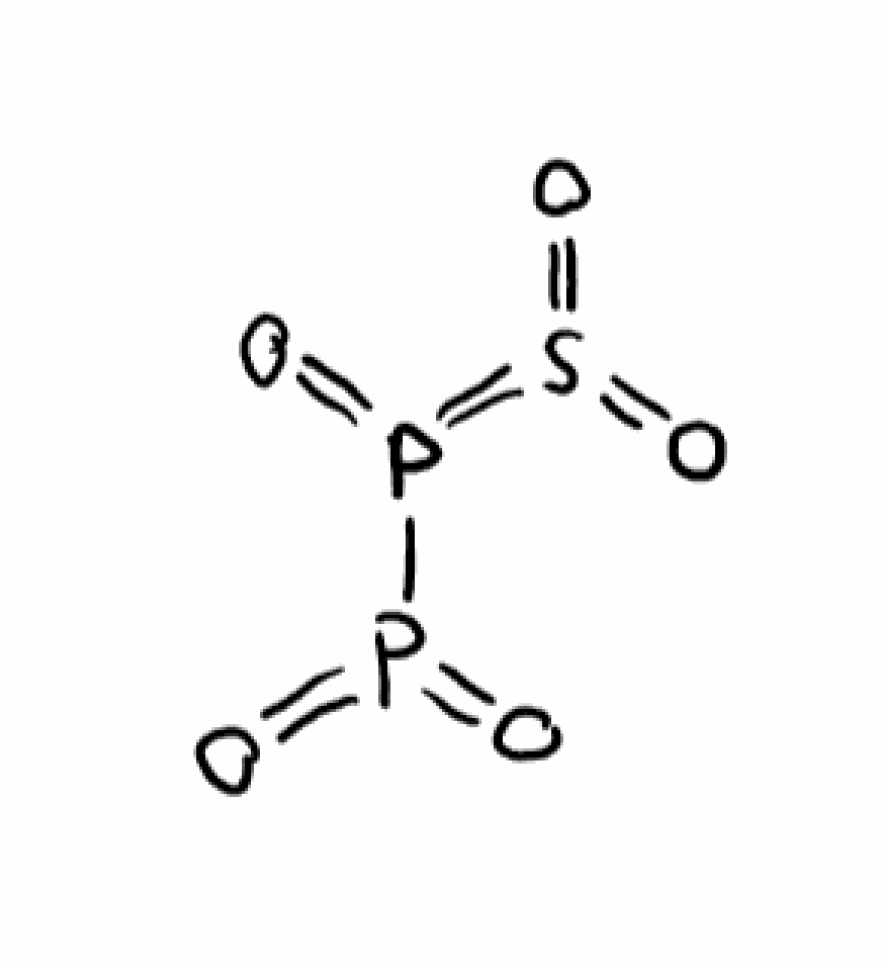
Simplified molecular-input line-entry system (SMILES) notation of the given molecule:
O=P(=O)P(=O)=S(=O)=O